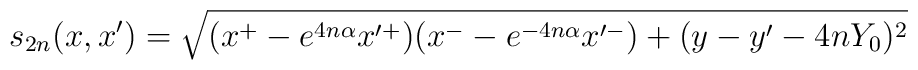
s_{2n}(x,x') =\sqrt{(x^+ - e^{4n\alpha} x'^+)(x^- - e^{- 4n\alpha} x'^-)+ ( y - y' - 4n Y_0)^2}